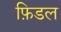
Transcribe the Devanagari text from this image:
फ़िडल